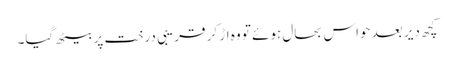
کچھ دیر بعد حواس بحال ہوئے تو وہ اڑ کر قریبی درخت پر بیٹھ گیا۔